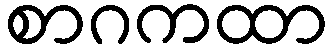
စာဂကထာ